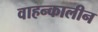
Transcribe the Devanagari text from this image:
वाहन्कालीन